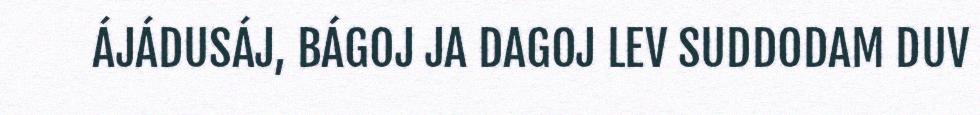
ÁJÁDUSÁJ, BÁGOJ JA DAGOJ LEV SUDDODAM DUV